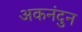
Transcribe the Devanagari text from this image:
अकनंदुन